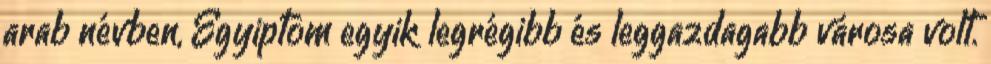
arab névben, Egyiptom egyik legrégibb és leggazdagabb városa volt.